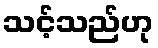
သင့်သည်ဟု